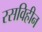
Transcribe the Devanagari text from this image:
रसविहीन